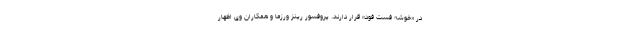
در «خوشه فست فود» قرار دارند. پروفسور رینز ورزما و همکاران وی اظهار